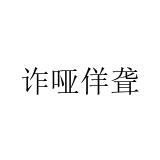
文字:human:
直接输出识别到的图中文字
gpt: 诈哑佯聋